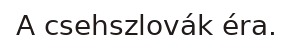
A csehszlovák éra.